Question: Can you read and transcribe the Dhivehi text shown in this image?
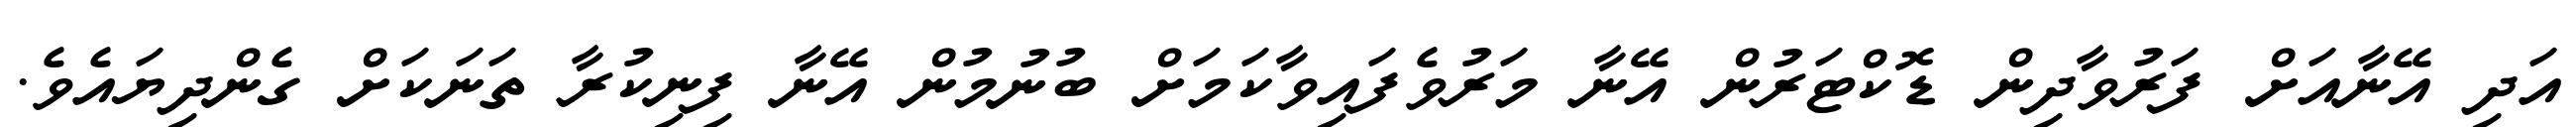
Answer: އަދި އޭނާއަށް ފަރުވާދިން ޑޮކްޓަރުން އޭނާ މަރުވެފައިވާކަމަށް ބުނުމުން އޭނާ ފިނިކުރާ ތަނަކަށް ގެންދިޔައެވެ.